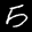
Label: 5